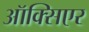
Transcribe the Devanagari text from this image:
ऑक्सिएर